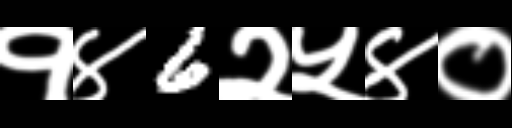
Text: १४6२५४०